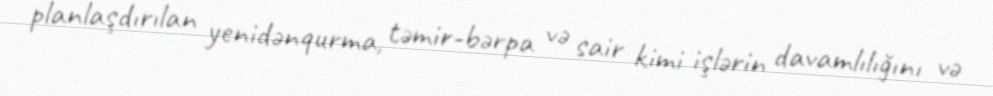
planlaşdırılan yenidənqurma, təmir-bərpa və sair kimi işlərin davamlılığını və